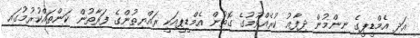
އަދި އެމްޑީޕީގެ ނިންމުން ދިފާޢު ކުރެއްވުމުގެ ގޮތުން އެމްޑީޕީއަކީ ރައްޔިތުންގެ ފަރާތުން ކަންތައްކުރުމުގައި